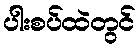
ပါးစပ်ထဲတွင်